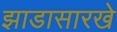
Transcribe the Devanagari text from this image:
झाडासारखे